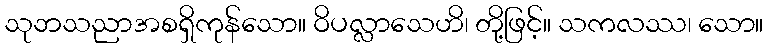
သုဘသညာအစရှိကုန်သော။ ဝိပလ္လာသေဟိ၊ တို့ဖြင့်။ သကလဿ၊ သော။